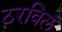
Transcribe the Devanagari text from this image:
ठरविलं